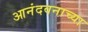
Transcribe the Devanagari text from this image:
आनंदवनाच्या